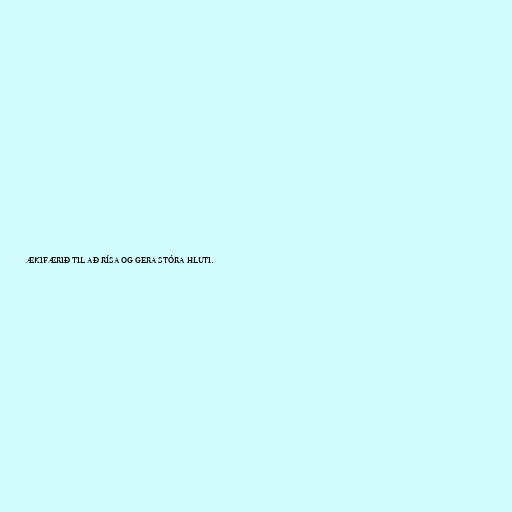
ækifærið til að rísa og gera stóra hluti.